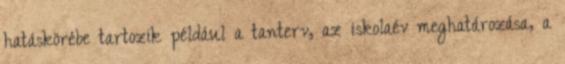
hatáskörébe tartozik például a tanterv, az iskolaév meghatározása, a